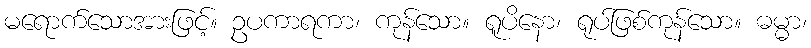
မရောက်သောအားဖြင့်။ ဥပကာရကာ၊ ကုန်သော။ ရူပိနော၊ ရုပ်ဖြစ်ကုန်သော။ ဓမ္မာ၊